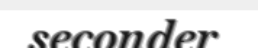
seconder